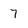
Character: 7